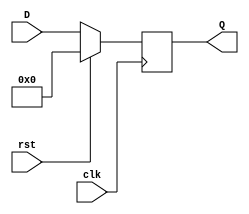
module REGISTER5(input [4:0] D, input clk, rst, output reg [4:0] Q);
	always @(posedge clk) begin
		Q = rst ? 0 : D;
	end
endmodule